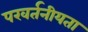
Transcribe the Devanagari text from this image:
परवर्तनीयता